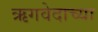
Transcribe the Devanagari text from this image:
ऋगवेदाच्या